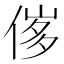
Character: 𠊵